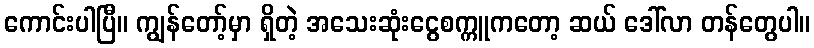
ကောင်းပါပြီ။ ကျွန်တော့်မှာ ရှိတဲ့ အသေးဆုံးငွေစက္ကူကတော့ ဆယ် ဒေါ်လာ တန်တွေပါ။